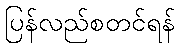
ပြန်လည်စတင်ရန်